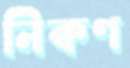
নিক্বণ